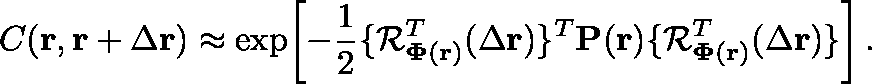
C ( \mathbf { r } , \mathbf { r } + \Delta \mathbf { r } ) \approx \exp \! \left[ - \frac { 1 } { 2 } \{ \mathcal { R } _ { \mathbf { \Phi } ( \mathbf { r } ) } ^ { T } ( \Delta \mathbf { r } ) \} ^ { T } \mathbf { P } ( \mathbf { r } ) \{ \mathcal { R } _ { \mathbf { \Phi } ( \mathbf { r } ) } ^ { T } ( \Delta \mathbf { r } ) \} \right] .